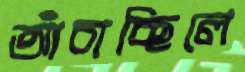
আঁচাচ্ছিলে